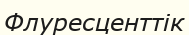
Флуресценттік